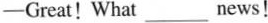
—Great!What___news!